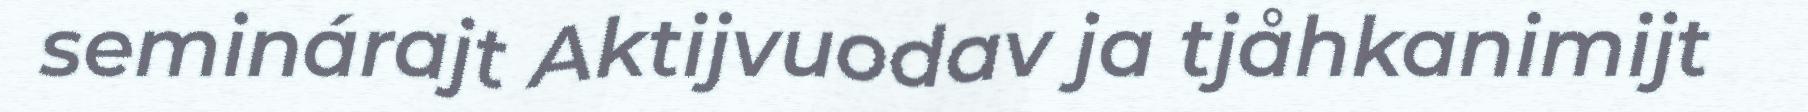
seminárajt Aktijvuodav ja tjåhkanimijt